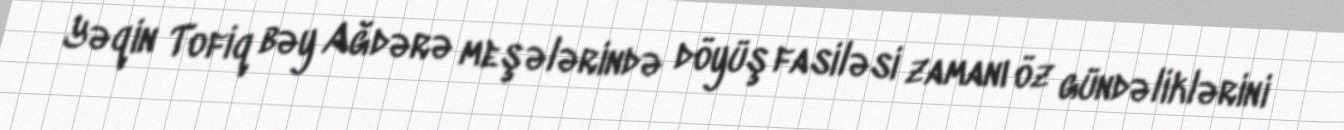
Yəqin Tofiq bəy Ağdərə meşələrində döyüş fasiləsi zamanı öz gündəliklərini